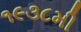
૧૯૩૮મી